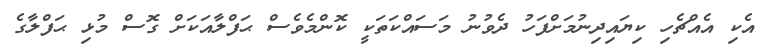
އެކި އެއްޗެހި ކިޔައިދިނުމަށްފަހު ދެވުނު މަސައްކަތަކީ ކޮންމެވެސް ޙަފްލާއަކަށް ގޮސް މުޅި ޙަފްލާގެ